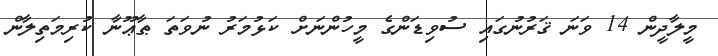
މީލާދީން 14 ވަނަ ޤަރުނުގައި ސުވިޑަންގެ މީހުންނަށް ކަޅުމަރު ނުވަތަ ޠާޢޫނާ ކުރިމަތިލާން